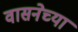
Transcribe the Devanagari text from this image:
वासनेच्या